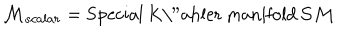
{ \cal M } _ { s c a l a r } = \mathrm { S p e c i a l ~ K \ " a h l e r ~ m a n i f o l d } \, { \cal S M }